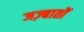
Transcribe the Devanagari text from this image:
जज़्बातों